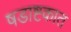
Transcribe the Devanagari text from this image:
षडाष्टकात